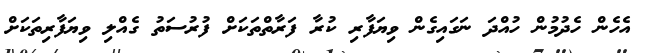
އެހެން ހެދުމުން ހުއްދަ ނަގައިގެން ވިޔަފާރި ކުރާ ފަރާތްތަކަށް ފުރުސަތު ގެއްލި ވިޔަފާރިތަކަށް